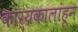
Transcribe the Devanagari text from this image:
कार्यकालांहून